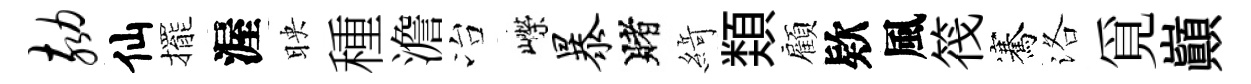
劾仙擺渥映種澹冶嶸暴賭𦂶𩔖顧欵風筏騫洛覓巔